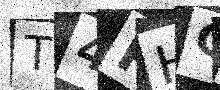
Text: T4PHCV